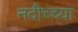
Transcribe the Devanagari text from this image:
नदीच्च्या